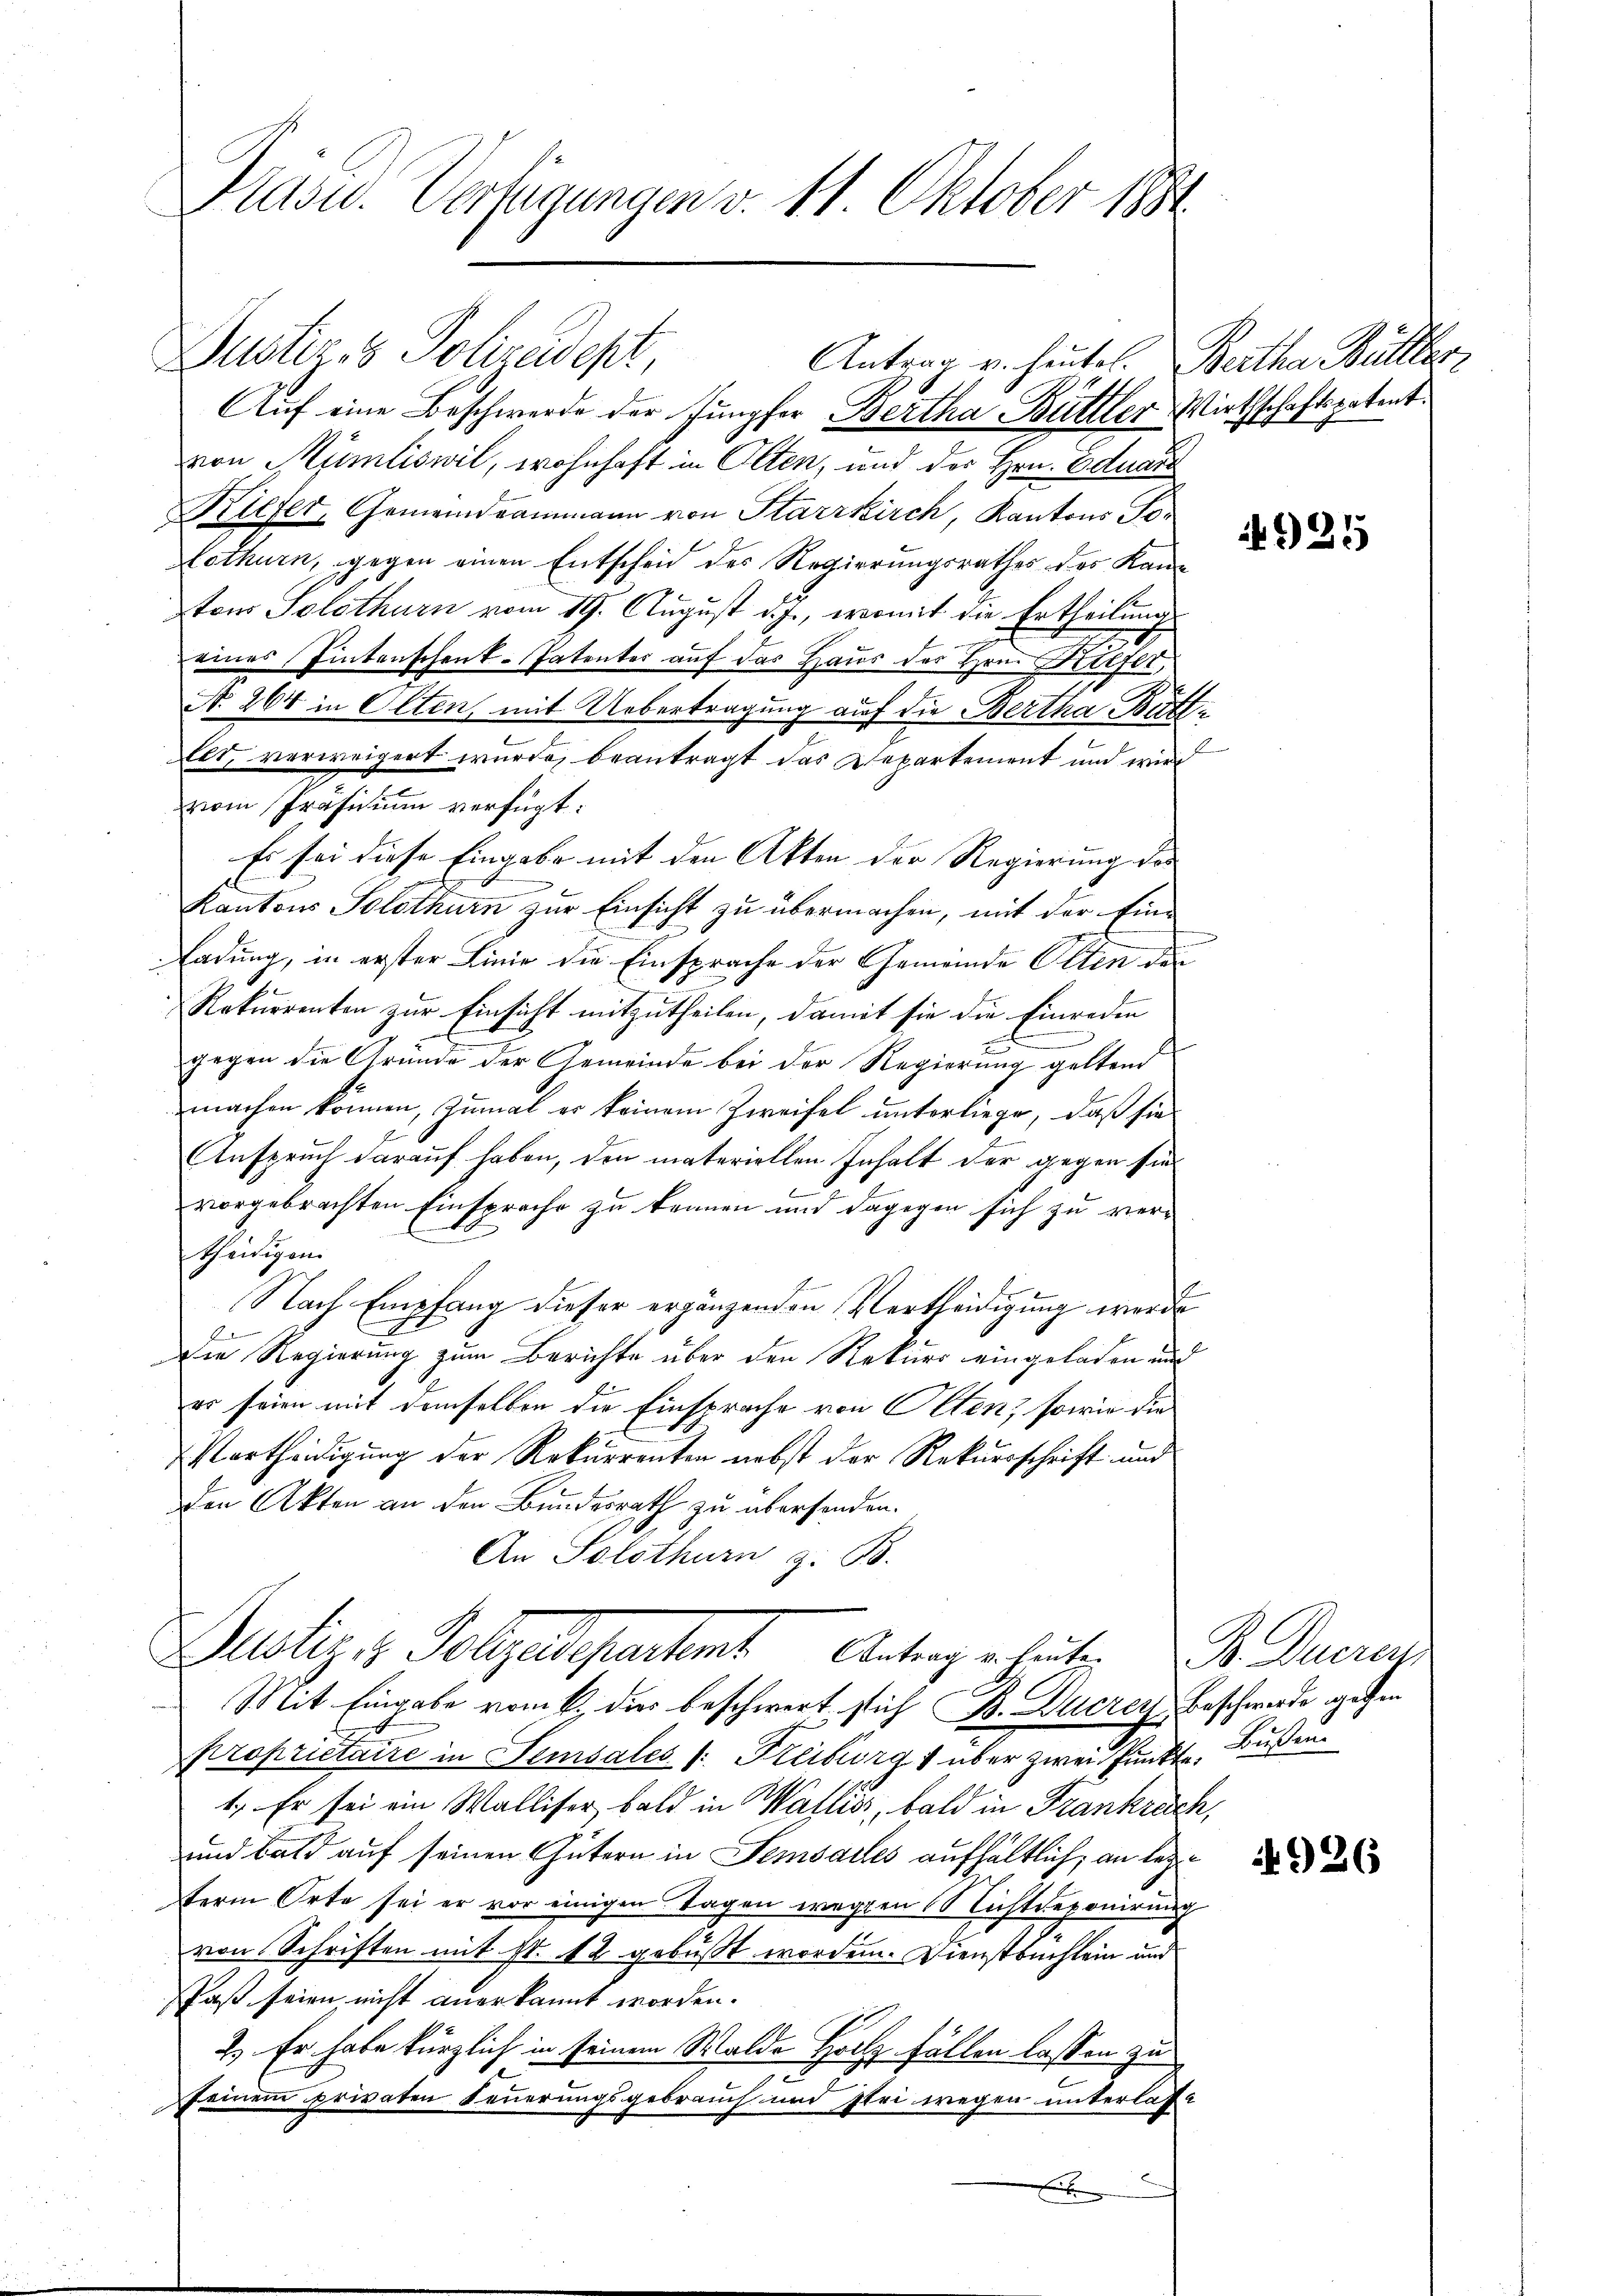
Präsid.. Verfügungen v. 11. Oktober 1881.

Dustiges Polizeidest
Auf eine Beschwerde der Jungfer Bertha Büttler Wirthschaftspatent.
von Humliswil, wohnhaft in Olten, und der Hrn. Eduard
Kiefer, Gemeindrammann von Starrkirch, Kantons To¬
Lothurn, gegen einen Entscheid des Regierungsrathes des Kantons Solothurn vom 19. August d. J., womit die Ertheilung
g
eines Eintenschenk-Patenter auf das Haus des Hrn. Hilfer,
No. 264 in Olten, mit Uebertragung auf die Bertha Bütti
les, verweigert wurde, beantragt das Departement und wird
vom Präsidium verfügt:
Es sei diese Eingabe mit den Akten der Regierung des
x
Kantons Solothurn zur Einsicht zu übermachen, mit der Ein-
Ladung, in erster Linie die Einsprache der Gemeinde Otten de
Rekurrenten zur Einsicht mitzutheilen, damit sie die Einreden
gegen die Gründe der Gemeinde bei der Regierung geltend
machen können, zumal er keinem Zweifel unterliege, daß sie
Anspruch darauf haben, den materiellen Inhalt der gegen sie
vorgebrachten Einsprache zu kennen und dagegen sich zu vertheidigen.
Nach Empfang dieser ergänzenden Vertheidigung werde
Die Regierung zum Berichte über den Rekurs eingeladen und
er seien mit demselben die Einsprache von Olten, sowie die
Vortheidigung der Rekurrenten nebst der Rekursschrift und
Den Akten an den Bundesrath zu übersenden.
An Solothurn z. B.

Antrag u. heutel. Bertha Bütler

Justiz & Folgendepartamt Antrag arbeiten Sr Dueren,
Mit Eingabe vom 6. dies beschwert stich B. Ducrey Beschwerde gethen

proprietaire in Sensales /: Freiburg  über zwei Punkte, Bußen
1. Er sei ein Walliser, bald in Wallis, bald in Frankrich,
und bald auf seinen Gütern in Semsalles aufhältlich; an lezterm Orte sei er vor einigen Tagen wegen Nichtreponirung
von Schriften mit st. 12 gebüßt worden. Dienstbuchlein und
aß seien nicht anerkannt worden.
2.) Er habe kürzlich in seinem Walde Holz fällen lassen zu
e
seinem privaten Feuerungsgebrauch und Flei wegen unterlasse
x

N 925

4926